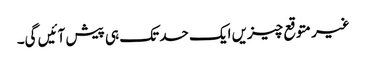
غیر متوقع چیزیں ایک حد تک ہی پیش آئیں گی۔